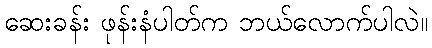
ဆေးခန်း ဖုန်းနံပါတ်က ဘယ်လောက်ပါလဲ။